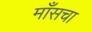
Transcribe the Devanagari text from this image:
माँसचा